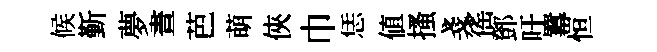
候斳夢晝芭萌俠巾恁值搔戔徭鄧吁羃恒